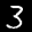
Label: 3